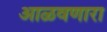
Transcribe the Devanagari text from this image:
आळवणारा